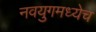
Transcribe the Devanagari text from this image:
नवयुगमध्येच